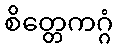
စိတ္တေကဂ္ဂံ